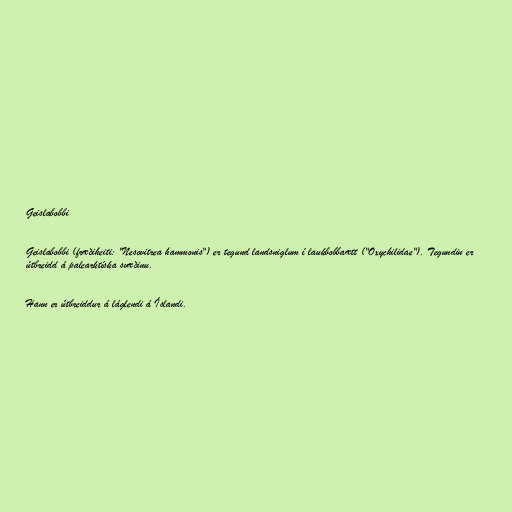
Geislabobbi

Geislabobbi (fræðiheiti: "Nesovitrea hammonis") er tegund landsniglum í laukbobbaætt ("Oxychilidae"). Tegundin er
útbreidd á palearktíska svæðinu.

Hann er útbreiddur á láglendi á Íslandi.